Vaccination North-Western Provinces 1866-1877 - 1866-1877
Year: 1866
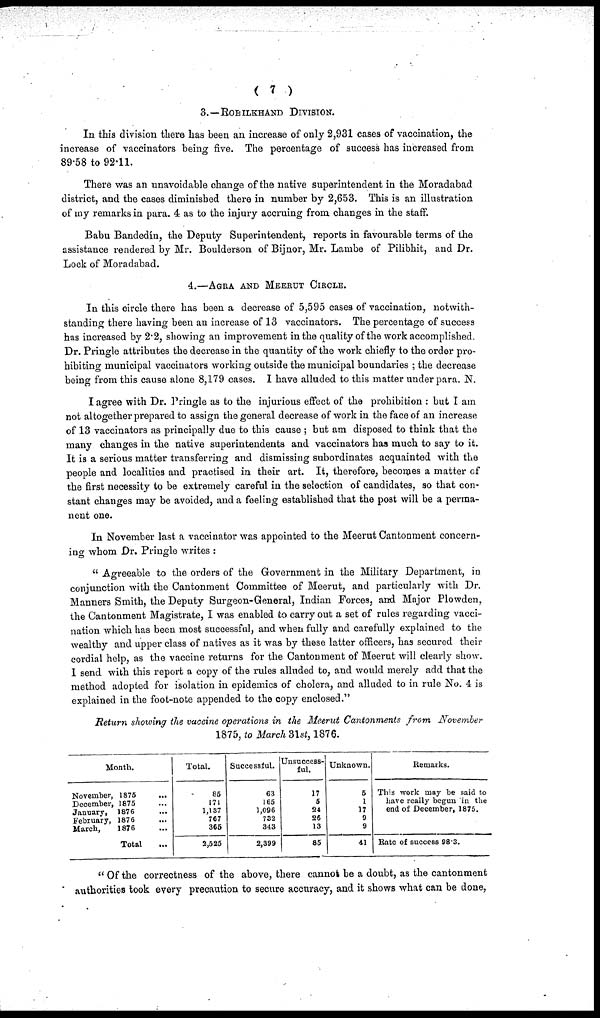
( 7 )
3. — ROHILKHAND DIVISION.
In this division there has been an increase of only 2,931 cases of vaccination, the
increase of vaccinators being five. The percentage of success has increased from
89.58 to 92.11.
There was an unavoidable change of the native superintendent in the Moradabad
district, and the cases diminished there in number by 2,653. This is an illustration
of my remarks in para. 4 as to the injury accruing from changes in the staff.
Babu Bandedín, the Deputy Superintendent, reports in favourable terms of the
assistance rendered by Mr. Boulderson of Bijnor, Mr. Lambe of Pilibhit, and Dr.
Lock of Moradabad.
4.— AGRA AND MEERUT CIRCLE.
In this circle there has been a decrease of 5,595 cases of vaccination, notwith-
standing there having been an increase of 13 vaccinators. The percentage of success
has increased by 2.2, showing an improvement in the quality of the work accomplished.
Dr. Pringle attributes the decrease in the quantity of the work chiefly to the order pro-
hibiting municipal vaccinators working outside the municipal boundaries ; the decrease
being from this cause alone 8,179 cases. I have alluded to this matter under para. N.
I agree with Dr. Pringle as to the injurious effect of the prohibition : but I am
not altogether prepared to assign the general decrease of work in the face of an increase
of 13 vaccinators as principally due to this cause; but am disposed to think that the
many changes in the native superintendents and vaccinators has much to say to it.
It is a serious matter transferring and dismissing subordinates acquainted with the
people and localities and practised in their art. It, therefore, becomes a matter of
the first necessity to be extremely careful in the selection of candidates, so that con-
stant changes may be avoided, and a feeling established that the post will be a perma-
nent one.
In November last a vaccinator was appointed to the Meerut Cantonment concern-
ing whom Dr. Pringle writes :
"Agreeable to the orders of the Government in the Military Department, in
conjunction with the Cantonment Committee of Meerut, and particularly with Dr.
Manners Smith, the Deputy Surgeon-General, Indian Forces, and Major Plowden,
the Cantonment Magistrate, I was enabled to carry out a set of rules regarding vacci-
nation which has been most successful, and when fully and carefully explained to the
wealthy and upper class of natives as it was by these latter officers, has secured their
cordial help, as the vaccine returns for the Cantonment of Meerut will clearly show.
I send with this report a copy of the rules alluded to, and would merely add that the
method adopted for isolation in epidemics of cholera, and alluded to in rule No. 4 is
explained in the foot-note appended to the copy enclosed."
Return showing the vaccine operations in the Meerut Cantonments from November
1875, to March 31st, 1876.
Month.
November, 1875 ...
December, 1875 ...
January, 1876 ...
February, 1876 ...
March,
1876 ...
Total ...
Total.
85
171
1,137
767
365
2,525
Successful.
63
165
1,096
732
343
2,399
Unsuccess-
ful.
17
5
24
26
13
85
Unknown.
5
1
17
9
9
41
Remarks.
This work may be said to
have really begun in the
end of December, 1875.
Rate of success 98.3.
"Of the correctness of the above, there cannot be a doubt, as the cantonment
authorities took every precaution to secure accuracy, and it shows what can be done,